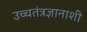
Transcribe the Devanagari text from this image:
उच्चतंत्रज्ञानाशी